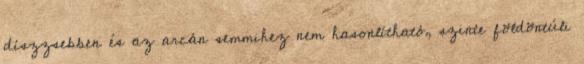
díszzsebben és az arcán semmihez nem hasonlítható, szinte földöntúli